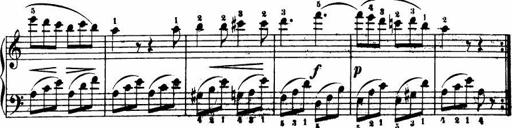
Title: Le bouquetier
Composer: Anton Diabelli
Key: G major
 C major
 F major
 C major